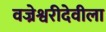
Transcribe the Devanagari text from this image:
वज्रेश्वरीदेवीला